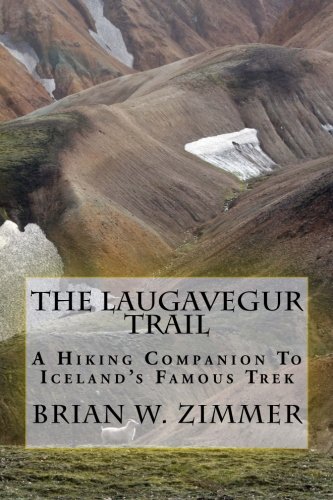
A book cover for The Laugavegur Trail: A Hiking Companion to Iceland's Famous Trek; Brian W Zimmer; Travel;